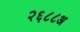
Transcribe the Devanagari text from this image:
२६८८अ